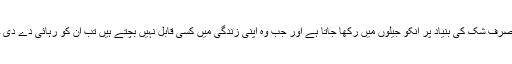
پھر بھی صرف شک کی بنیاد پر انکو جیلوں میں رکھا جاتا ہے اور جب وہ اپنی زندگی میں کسی قابل نہیں بچتے ہیں تب ان کو رہائی دے دی جاتی ہے۔